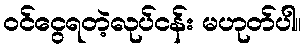
ဝင်ငွေရတဲ့လုပ်ငန်း မဟုတ်ပါ။